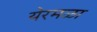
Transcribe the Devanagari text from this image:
येरमळा